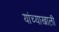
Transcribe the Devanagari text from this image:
यांच्याखाली